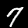
Label: 7